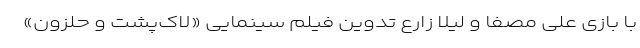
با بازی علی مصفا و لیلا زارع تدوین فیلم سینمایی «لاک‌پشت و حلزون»